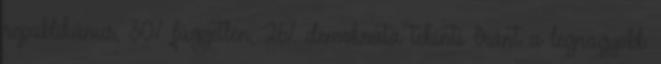
republikánus, 30% független, 26% demokrata tekinti Iránt a legnagyobb